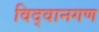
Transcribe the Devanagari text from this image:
विद्वानगण